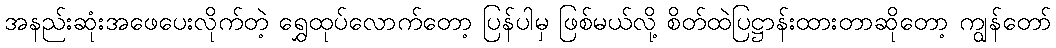
အနည်းဆုံးအဖေပေးလိုက်တဲ့ ရွှေထုပ်လောက်တော့ ပြန်ပါမှ ဖြစ်မယ်လို့ စိတ်ထဲပြဋ္ဌာန်းထားတာဆိုတော့ ကျွန်တော်